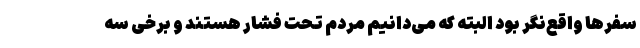
سفرها واقع‌نگر بود البته که می‌دانیم مردم تحت فشار هستند و برخی سه